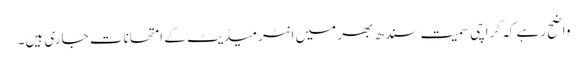
واضح رہے کہ کراچی سمیت سندھ بھر میں انٹرمیڈیٹ کے امتحانات جاری ہیں۔